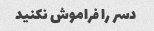
دسر را فراموش نکنید